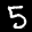
Label: 5